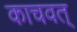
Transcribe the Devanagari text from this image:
काचवत्